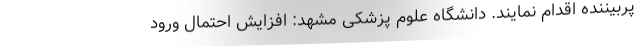
پربیننده اقدام نمایند. دانشگاه علوم پزشکی مشهد: افزایش احتمال ورود